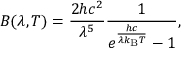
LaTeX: B ( \lambda , T ) = { \frac { 2 h c ^ { 2 } } { \lambda ^ { 5 } } } { \frac { 1 } { e ^ { \frac { h c } { \lambda k _ { \mathrm { B } } T } } - 1 } } ,